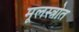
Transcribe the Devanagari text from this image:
मूलस्त्रोत